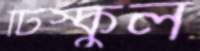
টিস্কুল